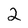
Character: 2